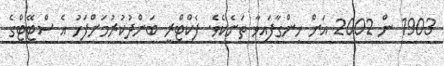
1903 ން 2002 އަށް ހިންގާފައިވާ ތަނެކެވެ. ފެކްޓްރީ ބަންދުކުރުމަށްފަހު އެ ސްޓޭޓްގެ